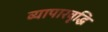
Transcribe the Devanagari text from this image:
व्यापारवृद्धि